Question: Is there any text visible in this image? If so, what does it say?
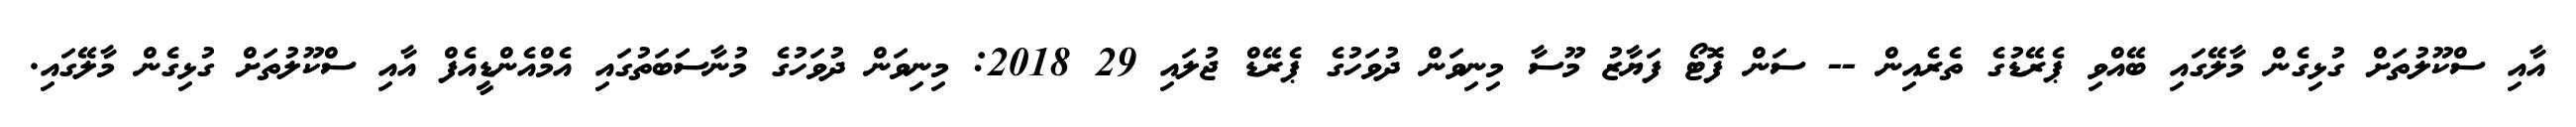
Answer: އާއި ސްކޫލުތަށް ގުޅިގެން މާލޭގައި ބޭއްވި ޕެރޭޑުގެ ތެރެއިން -- ސަން ފޮޓޯ ފަޔާޒު މޫސާ މިނިވަން ދުވަހުގެ ޕެރޭޑް ޖުލައި 29 2018: މިނިވަން ދުވަހުގެ މުނާސަބަތުގައި އެމްއެންޑީއެފް އާއި ސްކޫލުތަށް ގުޅިގެން މާލޭގައި.